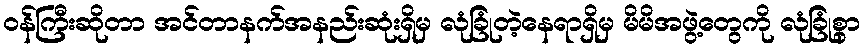
ဝန်ကြီးဆိုတာ အင်တာနက်အနည်းဆုံးရှိမှ လုံခြုံတဲ့နေရာရှိမှ မိမိအဖွဲ့တွေကို လုံခြုံစွာ